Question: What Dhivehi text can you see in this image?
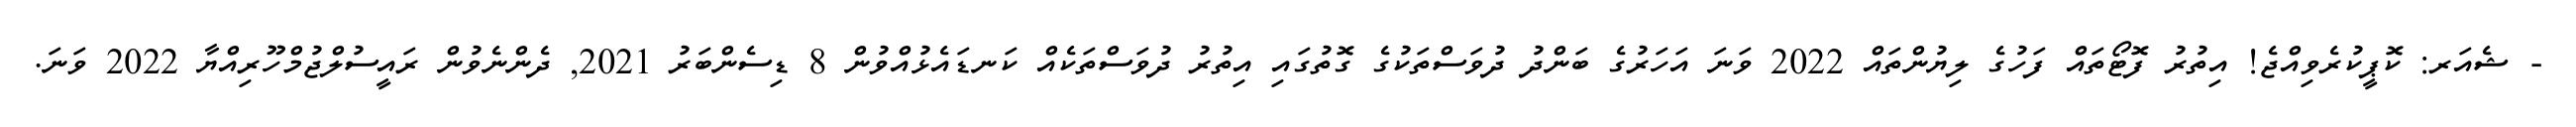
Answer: - ޝެއަރ: ކޮޕީކުރެވިއްޖެ! އިތުރު ފޮޓޯތައް ފަހުގެ ލިޔުންތައް 2022 ވަނަ އަހަރުގެ ބަންދު ދުވަސްތަކުގެ ގޮތުގައި އިތުރު ދުވަސްތަކެއް ކަނޑައެޅުއްވުން 8 ޑިސެންބަރު 2021, ދެންނެވުން ރައީސުލްޖުމްހޫރިއްޔާ 2022 ވަނަ.